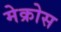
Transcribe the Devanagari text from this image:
मेक्रोस